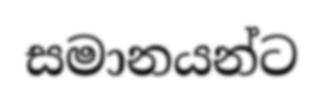
සමානයන්ට